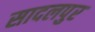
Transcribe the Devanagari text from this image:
सादलपुर